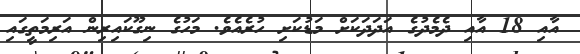
އާއި 18 އާއި ދެމެދުގެ އަދަދަަކަށް މަޑުކަށި ހުރެއެވެ. މަހުގެ ނިގޫކައިރިން އަރިމަތީގައި